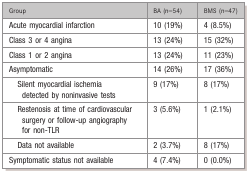
| Group | BA (n=54) | BMS (n=47) |
 | --- | --- | --- |
 | Acute myocardial infarction | 10 (19%) | 4 (8.5%) |
 | Class 3 or 4 angina | 13 (24%) | 15 (32%) |
 | Class 1 or 2 angina | 13 (24%) | 11 (23%) |
 | Asymptomatic | 14 (26%) | 17 (36%) |
 | Silent myocardial ischemia detected by noninvasive tests | 9 (17%) | 8 (17%) |
 | Restenosis at time of cardiovascular surgery or follow-up angiography for non-TLR | 3 (5.6%) | 1 (2.1%) |
 | Data not available | 2 (3.7%) | 8 (17%) |
 | Symptomatic status not available | 4 (7.4%) | 0 (0.0%) |